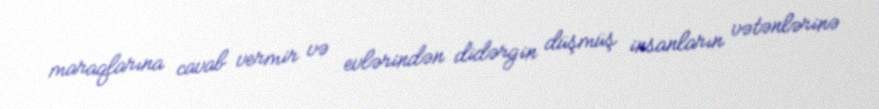
maraqlarına cavab vermir və evlərindən didərgin düşmüş insanların vətənlərinə